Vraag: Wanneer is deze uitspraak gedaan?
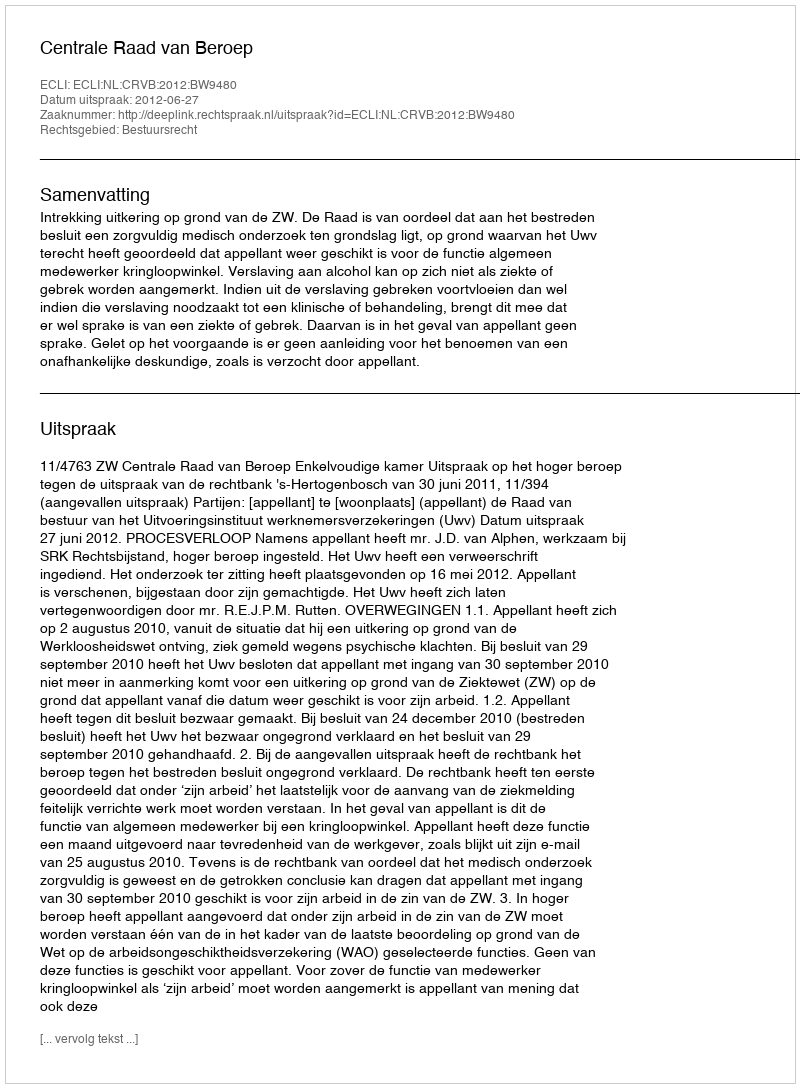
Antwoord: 2012-06-27